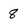
Character: 8